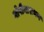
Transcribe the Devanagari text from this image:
गोपीनारायण